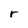
Character: r